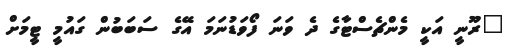
"ރޫނީ އަކީ މެންޗެސްޓާގެ ދެ ވަނަ ފޯވަޑުނަމަ އޭގެ ސަބަބުން ގައުމީ ޓީމަށް